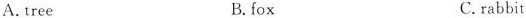
A.tree B.fox C.rabbit